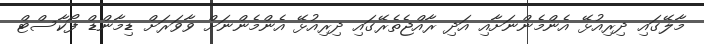
މާލޭގައި ދިރިއުޅޭ އެންމެންނަށާއި އަދި ރާއްޖެތެރޭގައި ދިރިއުޅޭ އެންމެންނަށް ވާވަރަށް ޑިމާންޑް ފޯކާސްޓް